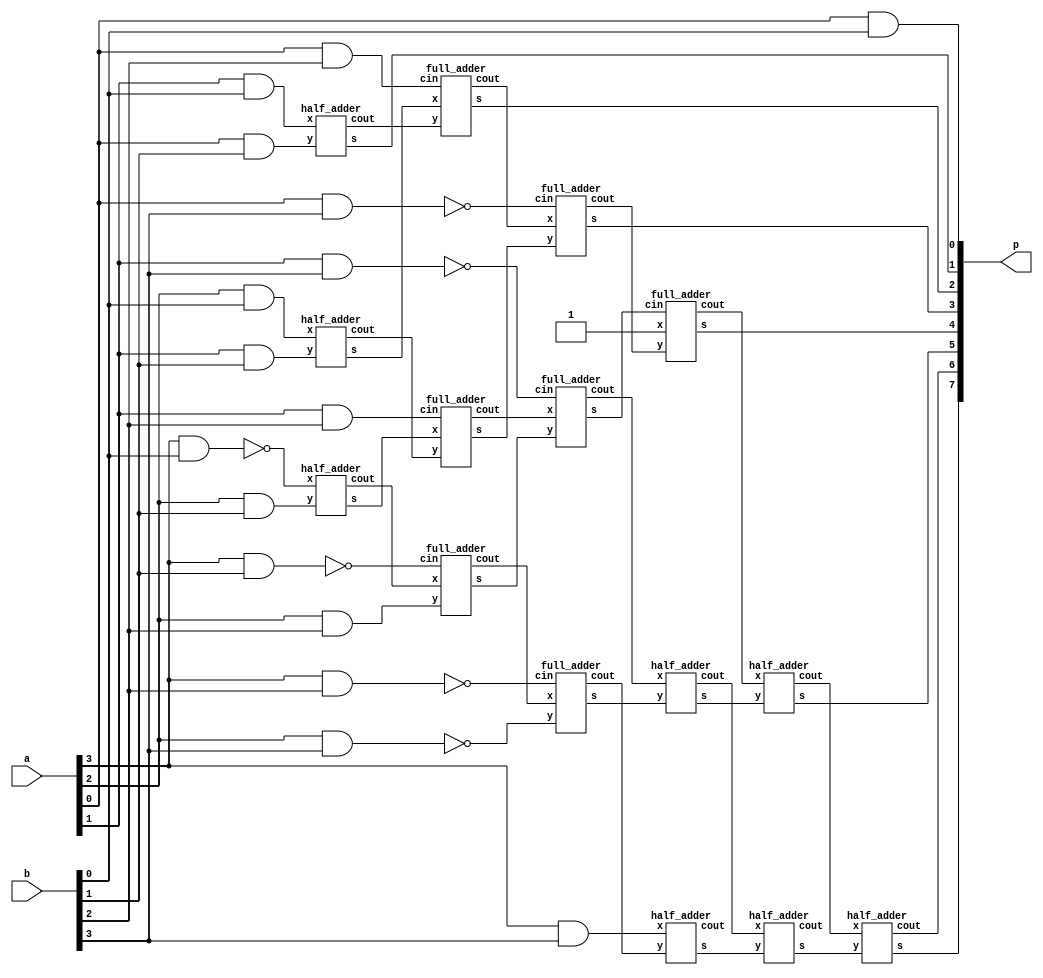
module baugh_mult(a,b,p);
  input [3:0]a,b;
  output [7:0]p;
  supply1 one;
  wire w1,w2,w3,w4,w5,w6,w7,w8,w9,w10,w11,w12,w13,w14,w15,w16,w17,w18,w19,w20,w21,w22,w23;
  assign p[0]=a[0]&b[0];
  
  half_adder HA1(a[1]&b[0],a[0]&b[1],p[1],w1);
  half_adder HA2(a[2]&b[0],a[1]&b[1],w2,w3);
  half_adder HA3(~(a[3]&b[0]),a[2]&b[1],w4,w5);
  
  full_adder FA1(w2,w1,a[0]&b[2],p[2],w6);
  full_adder FA2(w4,w3,a[1]&b[2],w7,w8);
  full_adder FA3(w5,a[2]&b[2],~(a[3]&b[1]),w9,w10);
  
  full_adder FA4(w6,w7,~(a[0]&b[3]),p[3],w11);
  full_adder FA5(w8,w9,~(a[1]&b[3]),w12,w13);
  full_adder FA6(w10,~(a[2]&b[3]),~(a[3]&b[2]),w14,w15);
  
  full_adder FA7(one,w11,w12,p[4],w16);
  half_adder HA4(w13,w14,w17,w18);
  half_adder HA5(a[3]&b[3],w15,w19,w20);
  
  half_adder HA6(w16,w17,p[5],w21);
  half_adder HA7(w18,w19,w22,w23);
  
  half_adder HA8(w21,w22,p[7],p[6]);
  endmodule
  
  
module full_adder(x,y,cin,s,cout);
      input x,y,cin;
      output s,cout;
      assign s=x^y^cin;
      assign cout= (x&y)|(y&cin)|(x&cin);
    endmodule
  
  module half_adder(x,y,s,cout);
  input x,y;
  output s,cout;
  assign s=x^y;
  assign cout=x&y;
endmodule

module IIRfilter(clk,rst,a,x,y);
  input clk,rst;
  input[3:0]a,x;
  output [3:0]y;
  reg[3:0]y_val;//register to store intermediate value of y
  wire[7:0] baugh_prod_actual;//BW muliplier product
  baugh_mult bm1(.a(a),.b(y_val),.p(baugh_prod_actual));
                 always@(posedge clk,rst,x,a)
                   begin
                     if(rst)begin
                       y_val<=x;
                     end
                     else begin
                       y_val<=x+baugh_prod_actual[3:0];
                     end
                   end
                 assign y=y_val;
                 endmodule
                 
module IIRfilter_tb;
  reg clk,rst;
  reg[3:0]a,x;
  wire[3:0]y;
  IIRfilter IIR1(.clk(clk),.rst(rst),.a(a),.x(x),.y(y));
  initial begin
    clk=0;
  end
  always 
    #5 clk=!clk;
  initial begin
    $dumpvars;
    $dumpfile("dump.vcd");
    rst=1;
    a=4'd2;
    x=4'd1;
    #10 rst=0;
    a=4'd2;
    x=4'd1;
   
  end
  
endmodule